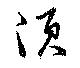
須